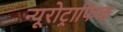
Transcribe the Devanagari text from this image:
न्यूरोट्राफिक